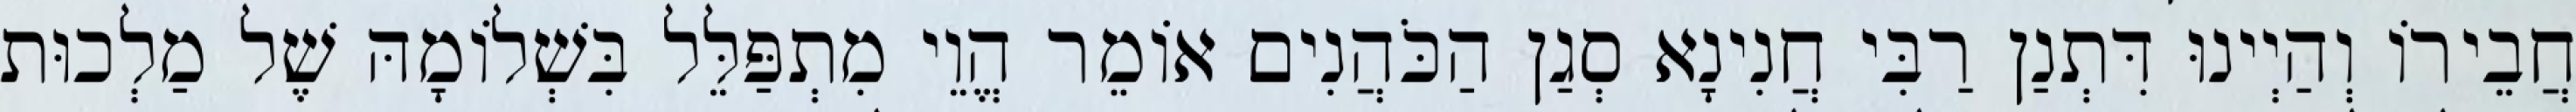
חֲבֵירוֹ וְהַיְינוּ דִּתְנַן רַבִּי חֲנִינָא סְגַן הַכֹּהֲנִים אוֹמֵר הֱוֵי מִתְפַּלֵּל בִּשְׁלוֹמָהּ שֶׁל מַלְכוּת